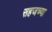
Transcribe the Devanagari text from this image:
सहजच्या